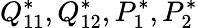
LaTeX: Q_{11}^{*},Q_{12}^{*},P_{1}^{*},P_{2}^{*}